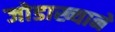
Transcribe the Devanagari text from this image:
जोडाख्याने